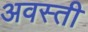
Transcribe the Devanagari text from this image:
अवस्ती